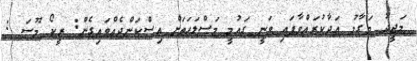
މަޖީދު މަގާމު އަދާކުރައްވާފައި ވަނީ ގައުމީ މަސްލަހަތަށް އިސްކަންދެއްވައިގެން: ރީކޯ މޫސަ :